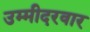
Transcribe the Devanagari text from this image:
उम्मीदरवार